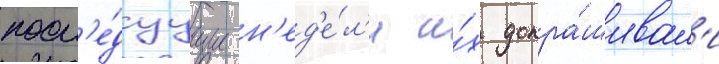
посл'е́дуущие н'ед'е́л'и и́х допра́шивал'и